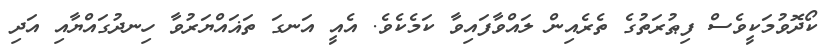
ކޯދޮވުމަކީވެސް ފިޠުރަތުގެ ތެރެއިން ލައްވާފައިވާ ކަމެކެވެ. އެއީ އަނގަ ތަޣައްޔަރުވާ ހިނދުގައްޔާއި އަދި